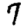
Digit: 7